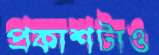
প্রকাশটাও